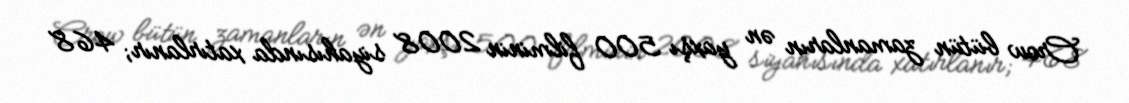
Crow bütün zamanların ən yaxşı 500 filminin 2008 siyahısında xatırlanır; 468